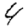
Digit: 4